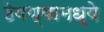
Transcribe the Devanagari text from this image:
ठेवण्यामध्ये